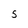
Character: 5